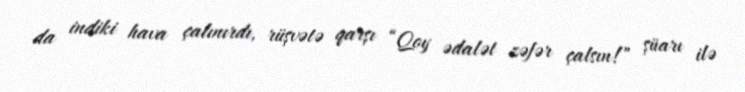
da indiki hava çalınırdı, rüşvətə qarşı “Qoy ədalət zəfər çalsın!” şüarı ilə